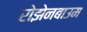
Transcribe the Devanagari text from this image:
रोझेनबाउम